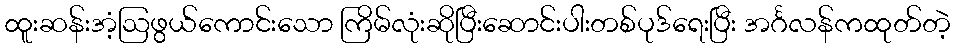
ထူးဆန်းအံ့ဩဖွယ်ကောင်းသော ကြိမ်လုံးဆိုပြီးဆောင်းပါးတစ်ပုဒ်ရေးပြီး အင်္ဂလန်ကထုတ်တဲ့